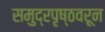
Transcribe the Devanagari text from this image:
समुद्रपृष्ठवरून